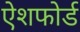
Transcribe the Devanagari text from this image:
ऐशफोर्ड